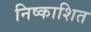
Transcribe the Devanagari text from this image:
निष्काशित